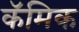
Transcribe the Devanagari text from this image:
कॅमिक